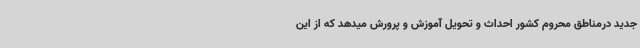
جدید درمناطق محروم کشور احداث و تحویل آموزش و پرورش میدهد که از این